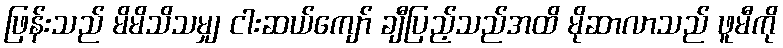
ဖြန်းသည် မိမိသိသမျှ ငါးဆယ်ကျော် ချီပြည့်သည်အထိ မိုဆာလာသည် ဖူမီကို